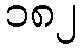
၁၈၂